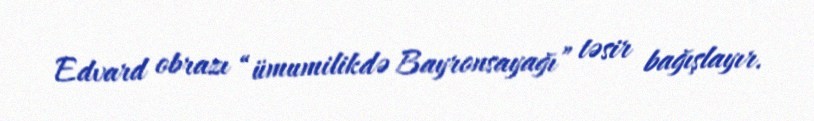
Edvard obrazı “ümumilikdə Bayronsayağı” təsir bağışlayır.